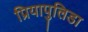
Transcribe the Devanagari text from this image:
प्रियापुलिडा